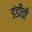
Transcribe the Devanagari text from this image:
डंडीची